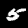
Label: 5